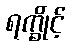
ရက္ခိုင့်